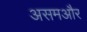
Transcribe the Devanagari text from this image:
असमऔर